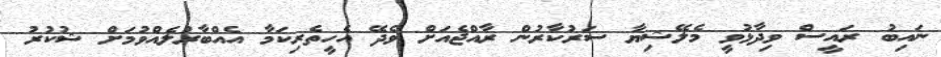
ނައިބު ރައީސް ވިދާޅުވީ މެލޭޝިޔާ ސަރުކާރުން ރާއްޖެއަށް ވެދޭ އެހީތެރިކަމާ އެއްބާރުލެއްވުމަށް ޝުކުރު